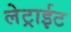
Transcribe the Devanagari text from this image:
लेट्राईट